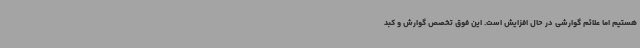
هستیم اما علائم گوارشی در حال افزایش است. این فوق تخصص گوارش و کبد